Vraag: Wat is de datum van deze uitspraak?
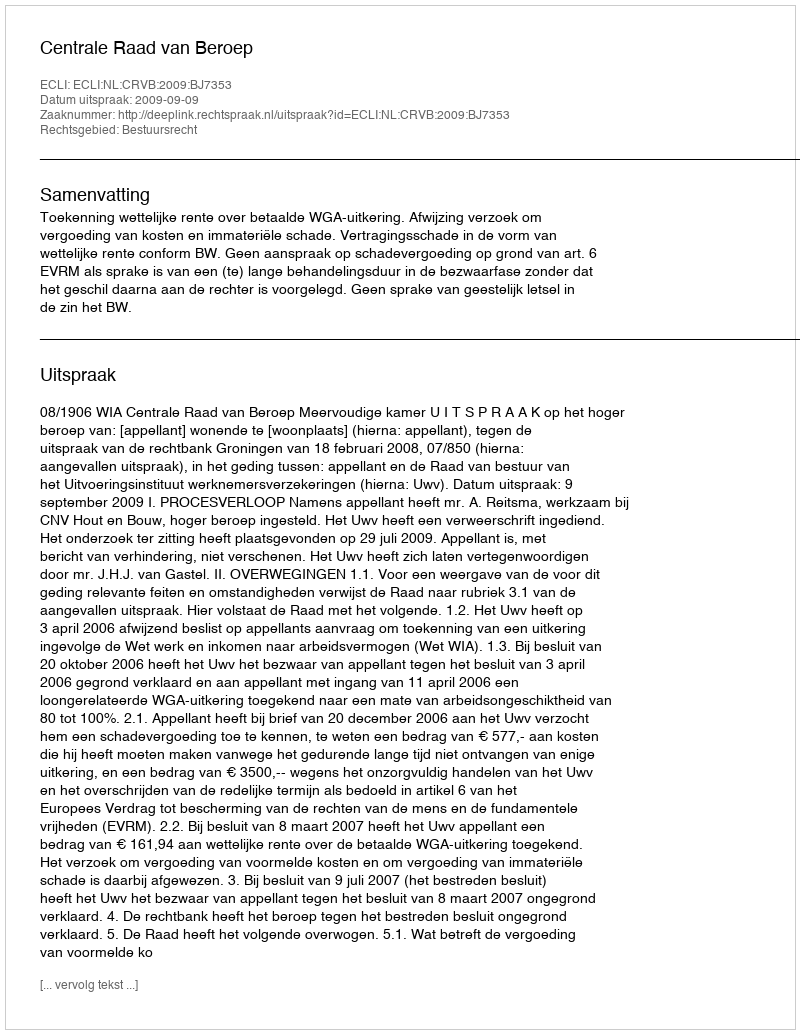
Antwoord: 2009-09-09